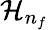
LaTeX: \mathcal{H}_{n_{f}}